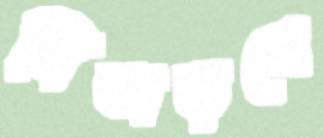
বিতাড়নে